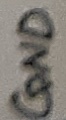
Text: GND